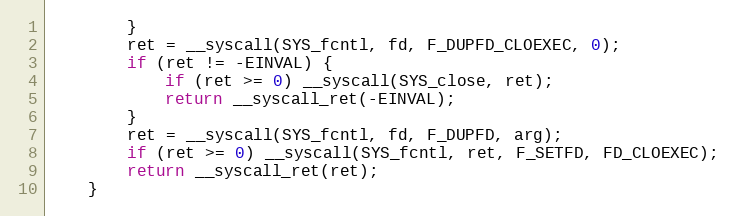
Language: C
        }
        ret = __syscall(SYS_fcntl, fd, F_DUPFD_CLOEXEC, 0);
        if (ret != -EINVAL) {
            if (ret >= 0) __syscall(SYS_close, ret);
            return __syscall_ret(-EINVAL);
        }
        ret = __syscall(SYS_fcntl, fd, F_DUPFD, arg);
        if (ret >= 0) __syscall(SYS_fcntl, ret, F_SETFD, FD_CLOEXEC);
        return __syscall_ret(ret);
    }